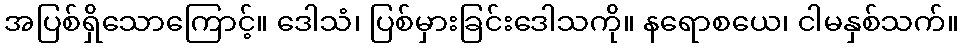
အပြစ်ရှိသောကြောင့်။ ဒေါသံ၊ ပြစ်မှားခြင်းဒေါသကို။ နရောစယေ၊ ငါမနှစ်သက်။